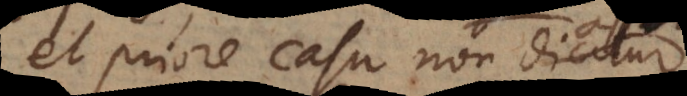
priore casu non dicitur